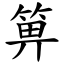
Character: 箅